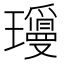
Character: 𬎝